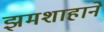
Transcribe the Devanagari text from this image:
झमशाहाने